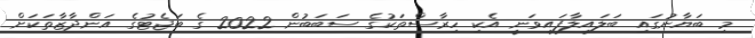
މި ބަޔާނުގައި ބަލައިލާފައިވަނީ އެކި ހިރާސްތަކުގެ ސަބަބުން 2022 ގެ ބަޖެޓުގެ އަންދާޒާތަކަށް